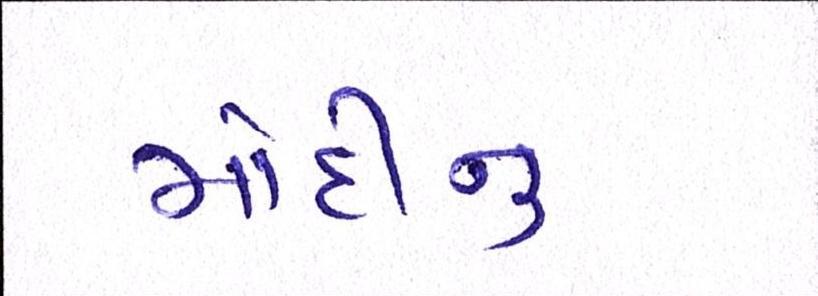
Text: મોદીનુ